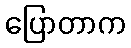
ပြောတာက